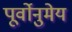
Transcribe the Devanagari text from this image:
पूर्वोनुमेय